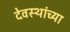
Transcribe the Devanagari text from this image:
देवस्थांच्या